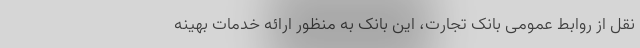
نقل از روابط عمومی بانک تجارت، این بانک به منظور ارائه خدمات بهینه